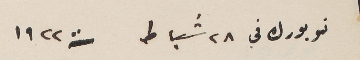
نيويورك في 28 شباط سنة 1922